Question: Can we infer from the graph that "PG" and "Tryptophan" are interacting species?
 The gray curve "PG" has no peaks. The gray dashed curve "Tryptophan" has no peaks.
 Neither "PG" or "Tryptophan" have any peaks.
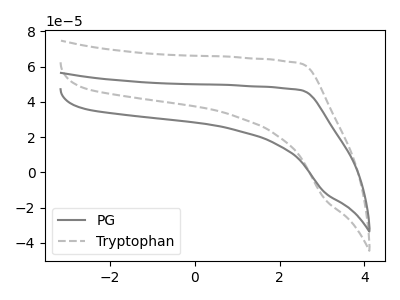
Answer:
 <answer>No, "PG" and "Tryptophan" don't appear to be significantly different in shape</answer>
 <eval>no_change</eval>